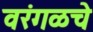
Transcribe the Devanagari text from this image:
वरंगळचे